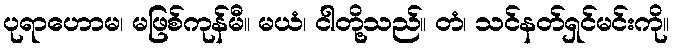
ပုရာဟောမ၊ မဖြစ်ကုန်မီ။ မယံ၊ ငါတို့သည်။ တံ၊ သင်နတ်ရှင်မင်းကို။